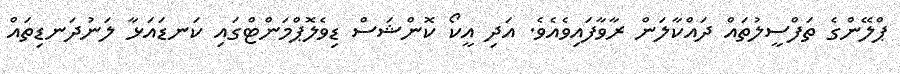
ޕްލޭންގެ ތަފްސީލުތައް ދައްކާލަން ރާވާފައިވެއެވެ. އަދި އީކޯ ކޮންޝަސް ޑިވެލޮޕްމަންޓްގައި ކަނޑައަޅާ ލަނުދަނޑިތައް